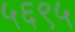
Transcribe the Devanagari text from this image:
५६९५